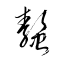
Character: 螯